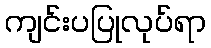
ကျင်းပပြုလုပ်ရာ